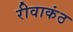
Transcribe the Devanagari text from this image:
रीवाकंठ